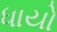
ધાયો